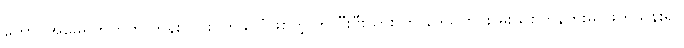
တောင်အမေရိကတိုက် ကုန်းတွင်းပိတ်နိုင်ငံဖြစ်တဲ့ ဘိုလီးဗီးယားဟာ ဒေသတွင်း မူးယစ်ကုန်ကူးမှု ဖြတ်သန်းရာ